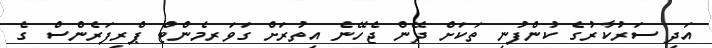
އަދި ސަރުކާރުގެ ކުންފުނި ތަކަށް ދޭން ޖެހޭނެ އިތުރަށް ގަވަރމެންޓް ޕްރިފަރެންސް ގެ